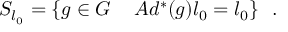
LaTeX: S _ { l _ { 0 } } = \{ g \in G \ \, \ \ A d ^ { * } ( g ) l _ { 0 } = l _ { 0 } \} \ \ .